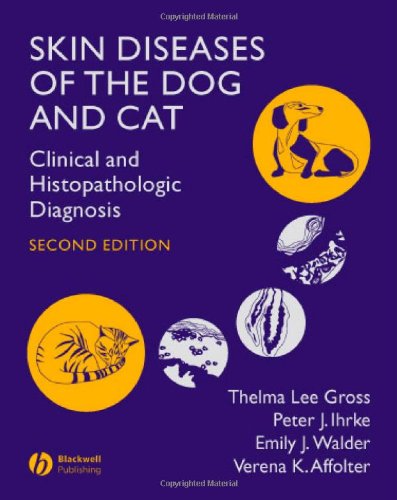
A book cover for Skin Diseases of the Dog and Cat; Peter J. Ihrke; Medical Books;